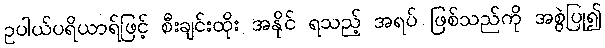
ဥပါယ်ပရိယာရ်ဖြင့် စီးချင်းထိုး အနိုင် ရသည့် အရပ် ဖြစ်သည်ကို အစွဲပြု၍